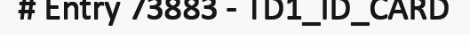
# Entry 73883 - TD1_ID_CARD